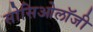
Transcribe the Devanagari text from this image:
सोसिओलॉजी